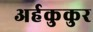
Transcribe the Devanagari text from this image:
अर्हकुकुर